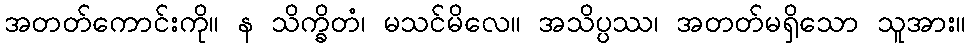
အတတ်ကောင်းကို။ န သိက္ခိတံ၊ မသင်မိလေ။ အသိပ္ပဿ၊ အတတ်မရှိသော သူအား။